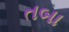
તબા